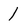
Character: 1